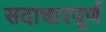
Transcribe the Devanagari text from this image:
सदाचारपूर्ण